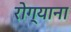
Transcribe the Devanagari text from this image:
रोग्याना